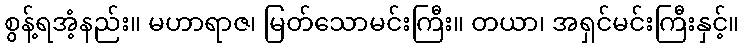
စွန့်ရအံ့နည်း။ မဟာရာဇ၊ မြတ်သောမင်းကြီး။ တယာ၊ အရှင်မင်းကြီးနှင့်။